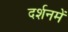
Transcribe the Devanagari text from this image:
दर्शनमें